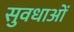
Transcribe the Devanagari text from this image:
सुवधाओं